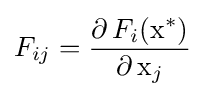
F_{ij}={\partial \!\ F_{i}(\mathrm {x} ^{*}) \over \partial \!\ \mathrm {x} _{j}}